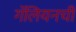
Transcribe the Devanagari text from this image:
गॅलियनची